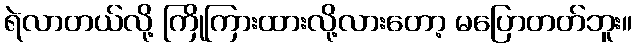
ရဲလာတယ်လို့ ကြိုကြားထားလို့လားတော့ မပြောတတ်ဘူး။